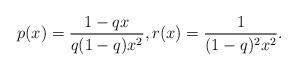
LaTeX: \begin{align*} p(x)= \dfrac{1-qx}{q(1-q)x^2}, r(x) = \frac{ 1}{(1-q)^2 x^2}. \end{align*}